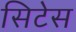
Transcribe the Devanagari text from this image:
सिटेस